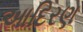
આદિરણ